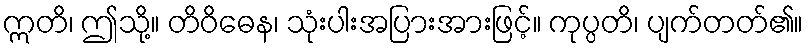
ဣတိ၊ ဤသို့။ တိဝိဓေန၊ သုံးပါးအပြားအားဖြင့်။ ကုပ္ပတိ၊ ပျက်တတ်၏။